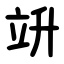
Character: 竔